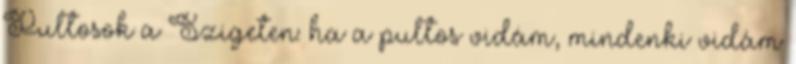
Pultosok a Szigeten: ha a pultos vidám, mindenki vidám